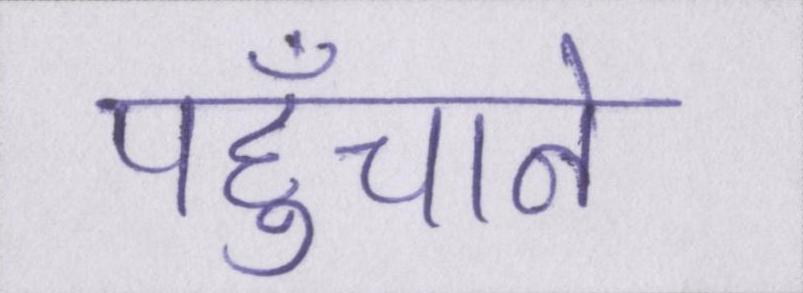
पहुँचाने